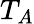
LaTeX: T_{A}